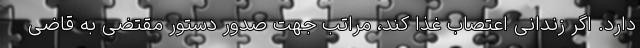
دارد. اگر زندانی اعتصاب غذا کند، مراتب جهت صدور دستور مقتضی به قاضی